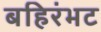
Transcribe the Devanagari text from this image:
बहिरंभट